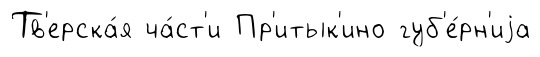
Тв'ерска́я ча́ст'и Пр'итык'ино губ'е́рн'иjа